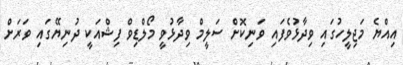
އިއްޔެ މަޖިލީހުގައި ވިދާޅުވެފައި ވަނިކޮށް ސަލީމް ވިދާޅުވީ މޯލްޑިވް ފިޝްއަކީ ދުނިޔޭގައި ވަރަށް